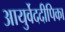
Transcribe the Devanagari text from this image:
आयुर्वेददीपिका